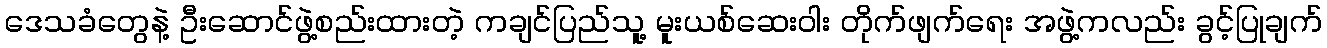
ဒေသခံတွေနဲ့ ဦးဆောင်ဖွဲ့စည်းထားတဲ့ ကချင်ပြည်သူ့ မူးယစ်ဆေးဝါး တိုက်ဖျက်ရေး အဖွဲ့ကလည်း ခွင့်ပြုချက်